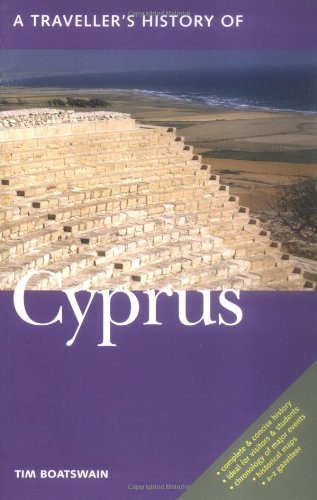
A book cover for A Traveller's History of Cyprus; Timothy Boatswain; Travel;